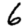
Digit: 6